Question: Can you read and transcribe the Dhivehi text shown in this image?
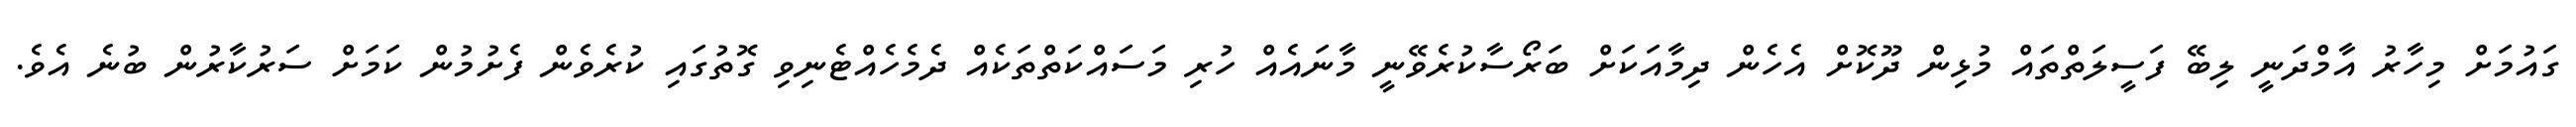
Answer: ގައުމަށް މިހާރު އާމްދަނީ ލިބޭ ފަސީލަތްތައް މުޅިން ދޫކޮށް އެހެން ދިމާއަކަށް ބަރޯސާކުރެވޭނީ މާނައެއް ހުރި މަސައްކަތްތަކެއް ދެމެހެއްޓެނިވި ގޮތުގައި ކުރެވެން ފެށުމުން ކަމަށް ސަރުކާރުން ބުނެ އެވެ.